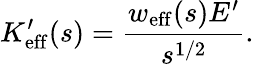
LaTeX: K_{\mathrm{eff}}^{\prime}(s)=\frac{w_{\mathrm{eff}}(s)E^{\prime}}{s^{1/2}}.